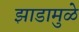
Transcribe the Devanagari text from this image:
झाडामुळे